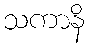
သကာနိ